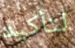
لتأكيد